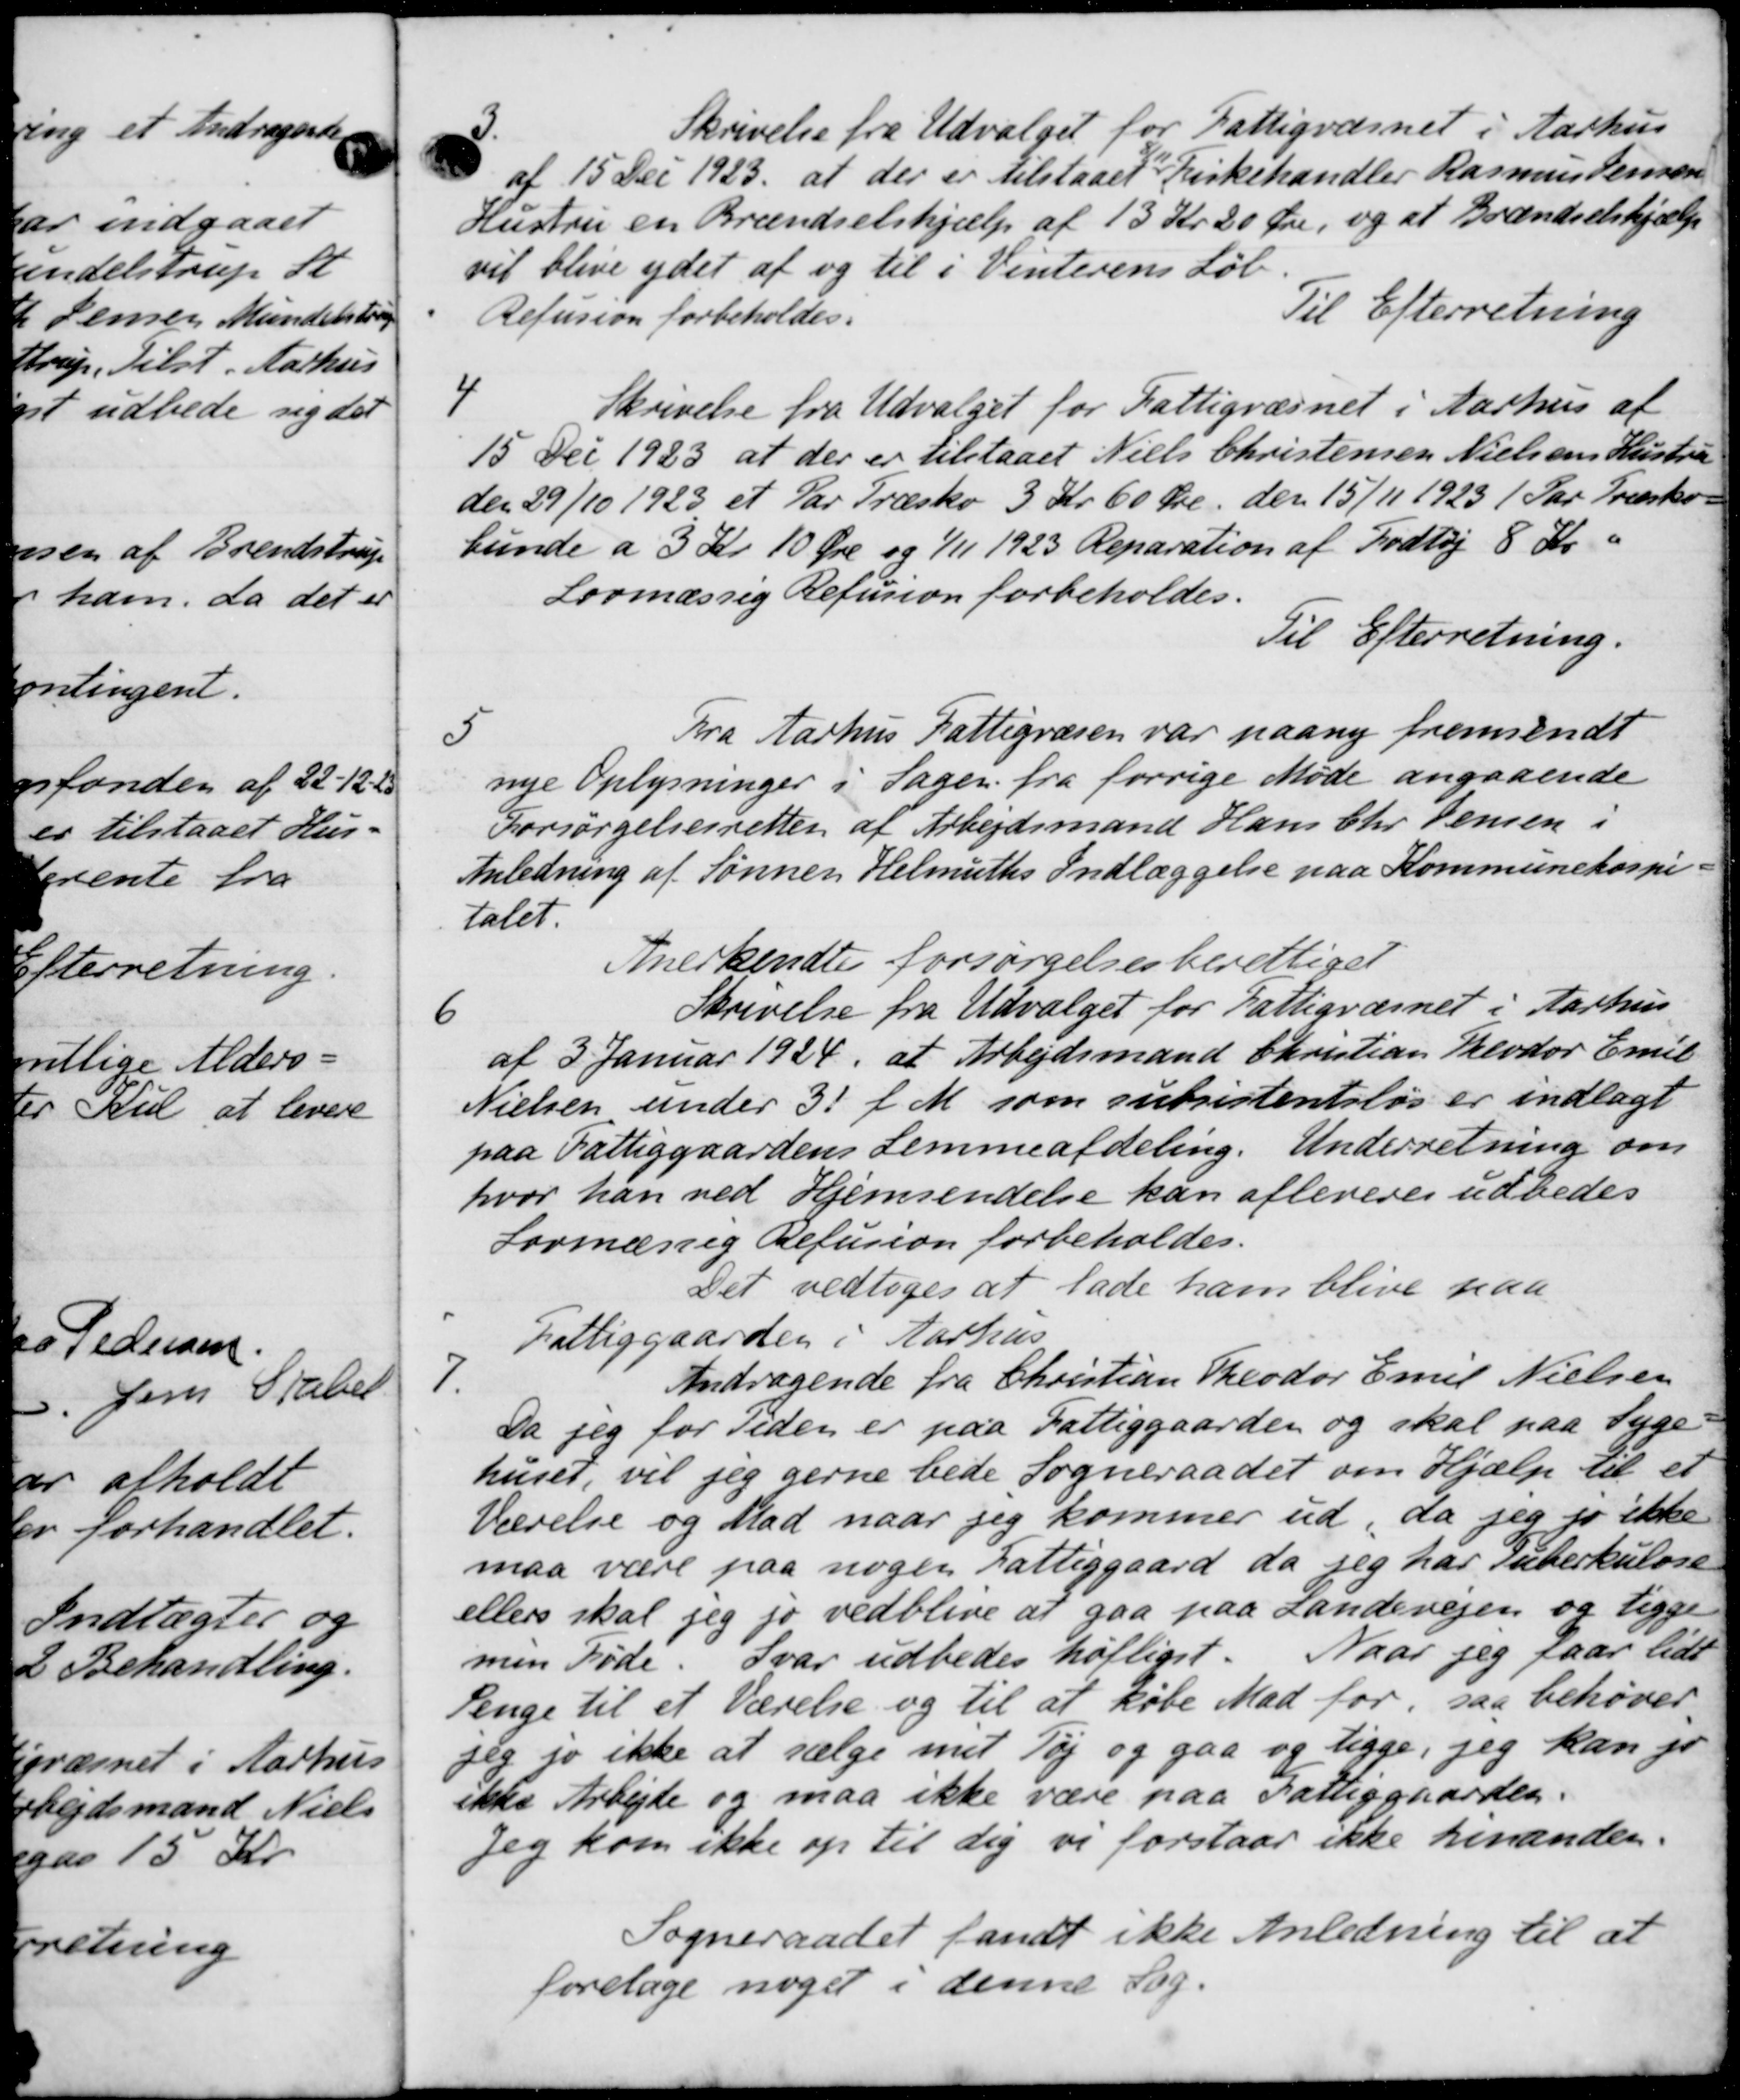
Transskription:
3.
Skrivelse fra Udvalget for Fattigvæsnet i Aarhus
 af 15 Dec 1923. at der er tilstaaet Kirkehandler Rasmus Jensen
Hustru en Brændselshjælp af 13 Kr. 20 Øre, og at Brændselshjælp
vil blive ydet af og til i Vinterens Løb.
Refusion forbeholdes.
Til Efterretning
4
Skrivelse fra Udvalget for Fattigvæsnet i Aarhus af
15. Der 1923 at der er tilstaaet Niels Christensen Nielsens Hustru
den 29/10 1923 et Par Træsko 3 Kr. 60 Øre den 15/11 1923 1 Par Træsko-
bunde a 3 Kr. 10 Øre og 1/11 1923 Reparation af Fodtøj 8 Kr.
Lovmæssig Refusion forbeholdes.
Til Efterretning.
5
Fra Aarhus Fattigvæsen var paany fremsendt
nye Oplysninger i Sager. fra forrige Møde angaaende
Forsørgelsesretter af Arbejdsmand Hans Chr. Jensen i
Anledning af Sønnen Helmuths Indlæggelse paa Kommunehospi
talet.
Anerkendtes forsørgelsesberettiget
6
Skrivelse fra Udvalget for Fattigvæsnet i Aarhus.
af 3 Januar 1924, at Arbejdsmand Christian Theodor Emil
Nielsen under 31 f. M. som subsistentsløs er indlagt
paa Fattiggaardens Lemmeafdeling. Underretning om
hvor han ved Hjemsendelse kan afleveres udbedes
Lovmæssig Refusion forbeholdes.
Det vedtoges at lade ham blive paa
Fattiggaarden i Aarhus

Andragende fra Christian Theodor Emil Nielsen
Da jeg for Tiden er paa Fattiggaarden og skal paa Syge-
huset, vil jeg gerne bede Sogneraadet om Hjælp til et
Værelse og Mad naar jeg kommer ud, da jeg jo ikke
maa være paa nogen Fattiggaard, da jeg har Tuberkulose
ellers skal jeg jo vedblive at gaa paa Landevejen og ligge
men Føde. Svar udbedes høftiget. Naar jeg faar lide
Penge til et Værelse og til at købe Mad for, saa behøver
seg jo ikke at sælge met Tøj og gaa og ligge, jeg kan jo
ikke Arbejde og maa ikke være paa Fattiggaarden.
Jeg kom ikke op til sig vi forstaar ikke hinander-
Sogneraadet fandt ikke Anledning til at
foretage noget i denne Sag.

-